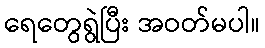
ရေတွေရွဲပြီး အဝတ်မပါ။